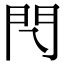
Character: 𨳉